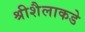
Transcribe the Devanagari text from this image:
श्रीशैलाकडे